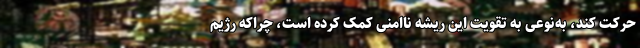
حرکت کند، به‌نوعی به تقویت این ریشه ناامنی کمک کرده است، چراکه رژیم